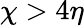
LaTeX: \chi>4\eta